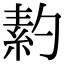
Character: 䋤